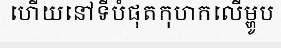
ហើយនៅទីបំផុតកុហកលើម្ហូប